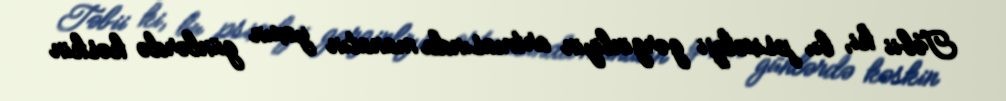
Təbii ki, bu psixoloji gərginliyin artmasında manatın yaxın günlərdə kəskin